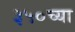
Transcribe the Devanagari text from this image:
३५०च्या